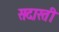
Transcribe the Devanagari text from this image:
सदारती